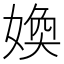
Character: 𡞵